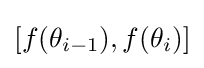
[f(\theta _{i-1}),f(\theta _{i})]